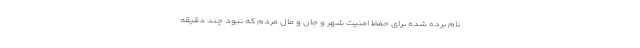
نام برده شده برای حفظ امنیت شهر و جان و مال مردم که نبود چند دقیقه